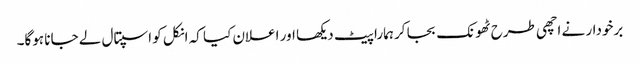
برخودار نے اچھی طرح ٹھونک بجا کر ہمارا پیٹ دیکھا اور اعلان کیا کہ انکل کو اسپتال لے جانا ہوگا۔